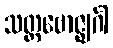
သတ္တဗောဇ္ဈင်္ဂါ